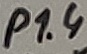
Text: P1.4